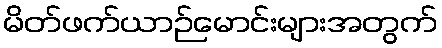
မိတ်ဖက်ယာဉ်မောင်းများအတွက်